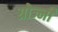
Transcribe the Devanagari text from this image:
ग्रोज्नी